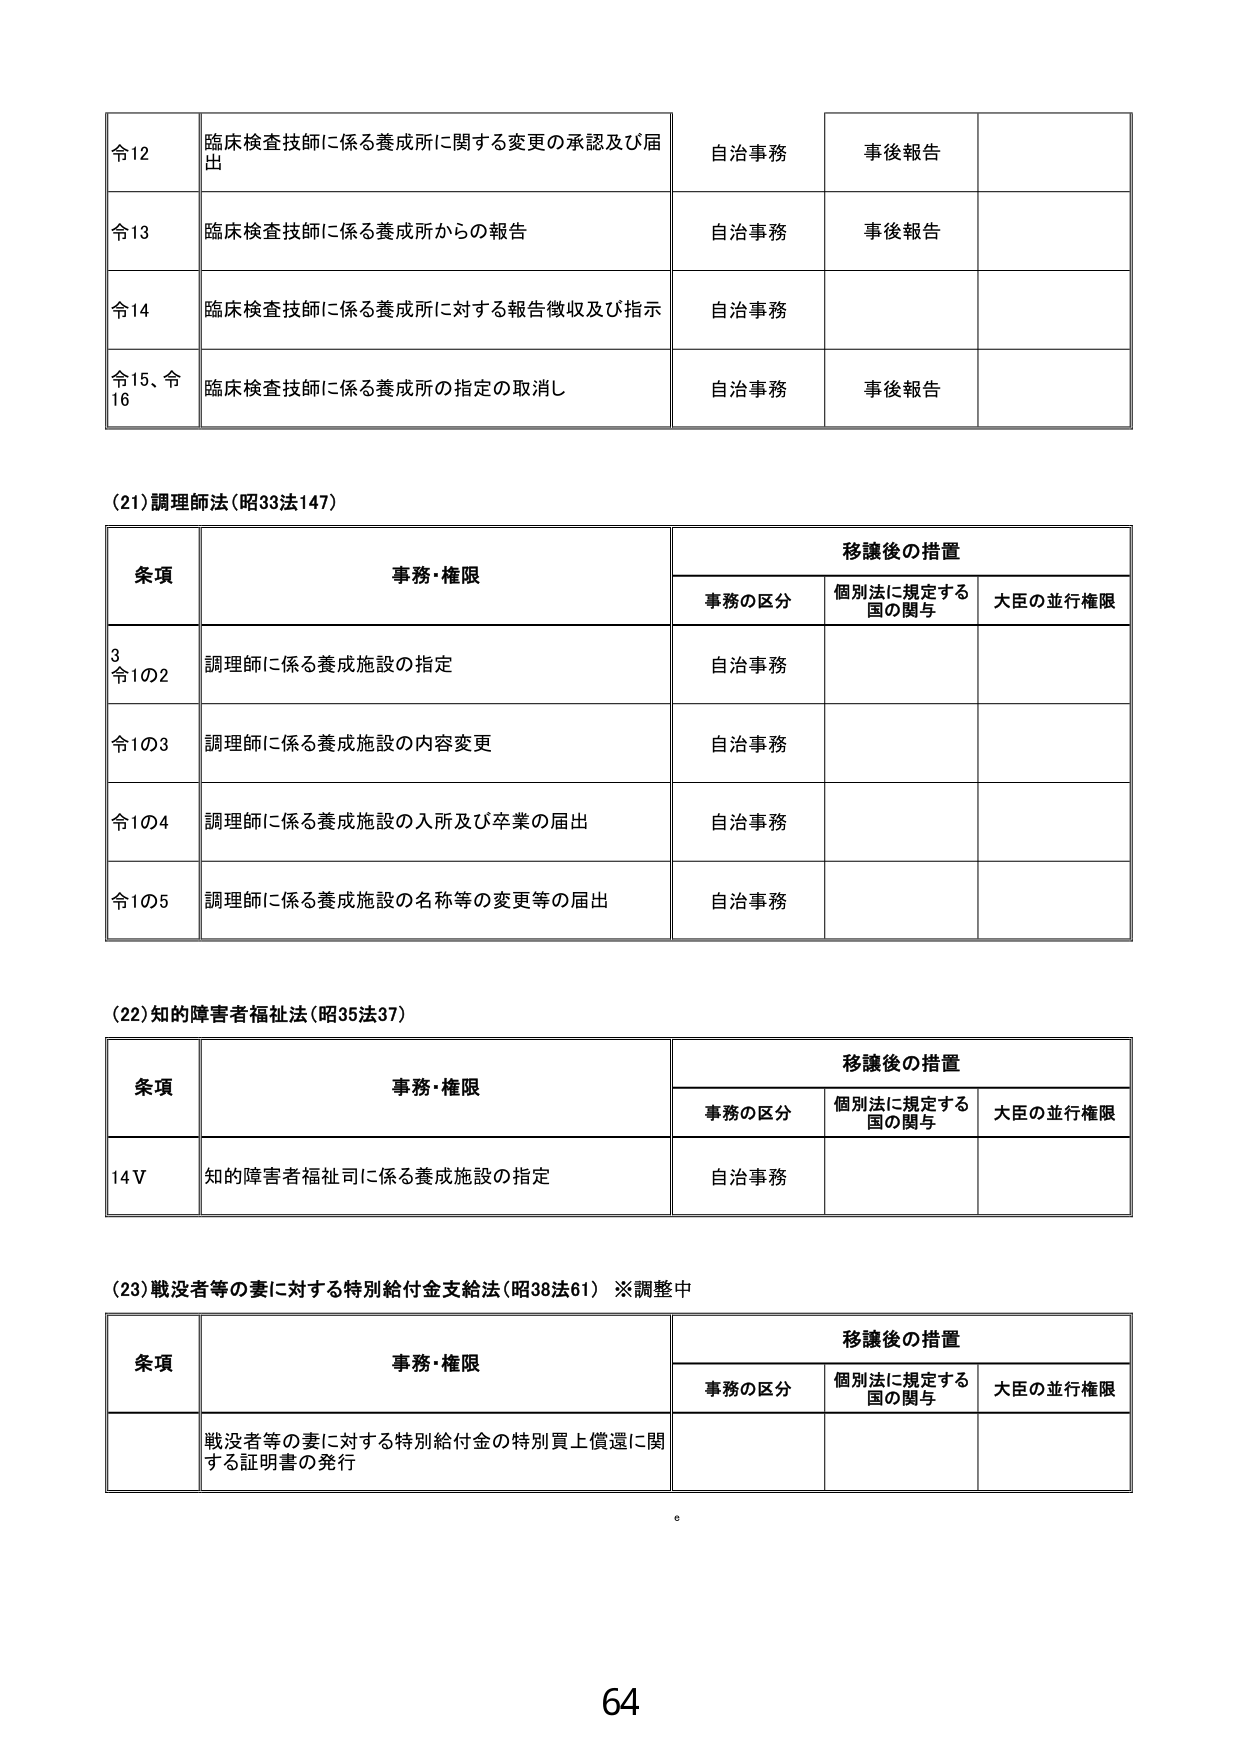
令12 臨床検査技師に係る養成所に関する変更の承認及び届出 自治事務 事後報告
令13 臨床検査技師に係る養成所からの報告 自治事務 事後報告
令14 臨床検査技師に係る養成所に対する報告徴収及び指示 自治事務
令15、令16 臨床検査技師に係る養成所の指定の取消し 自治事務 事後報告

(21)調理師法(昭33法147)
条項 事務・権限 移譲後の措置
　　事務の区分 個別法に規定する国の関与 大臣の並行権限
3、令1の2 調理師に係る養成施設の指定 自治事務
令1の3 調理師に係る養成施設の内容変更 自治事務
令1の4 調理師に係る養成施設の入所及び卒業の届出 自治事務
令1の5 調理師に係る養成施設の名称等の変更等の届出 自治事務

(22)知的障害者福祉法(昭35法37)
条項 事務・権限 移譲後の措置
　　事務の区分 個別法に規定する国の関与 大臣の並行権限
14Ⅴ 知的障害者福祉司に係る養成施設の指定 自治事務

(23)戦没者等の妻に対する特別給付金支給法(昭38法61) ※調整中
条項 事務・権限 移譲後の措置
　　事務の区分 個別法に規定する国の関与 大臣の並行権限
　　戦没者等の妻に対する特別給付金の特別買上償還に関する証明書の発行

64